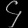
Digit: ၄